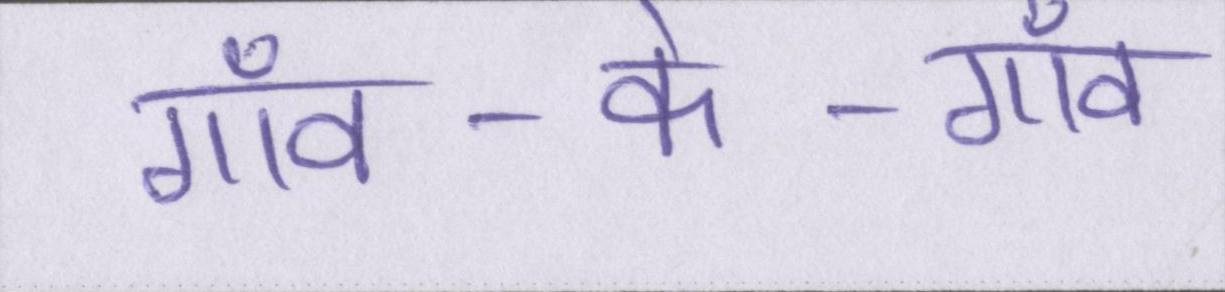
गाँव-के-गाँव